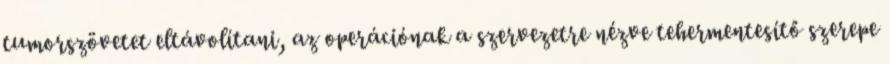
tumorszövetet eltávolítani, az operációnak a szervezetre nézve tehermentesítő szerepe